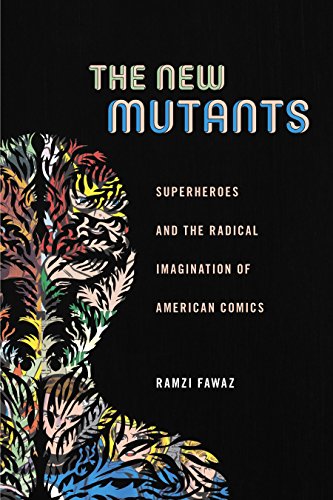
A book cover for The New Mutants: Superheroes and the Radical Imagination of American Comics (Postmillennial Pop); Ramzi Fawaz; Comics & Graphic Novels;